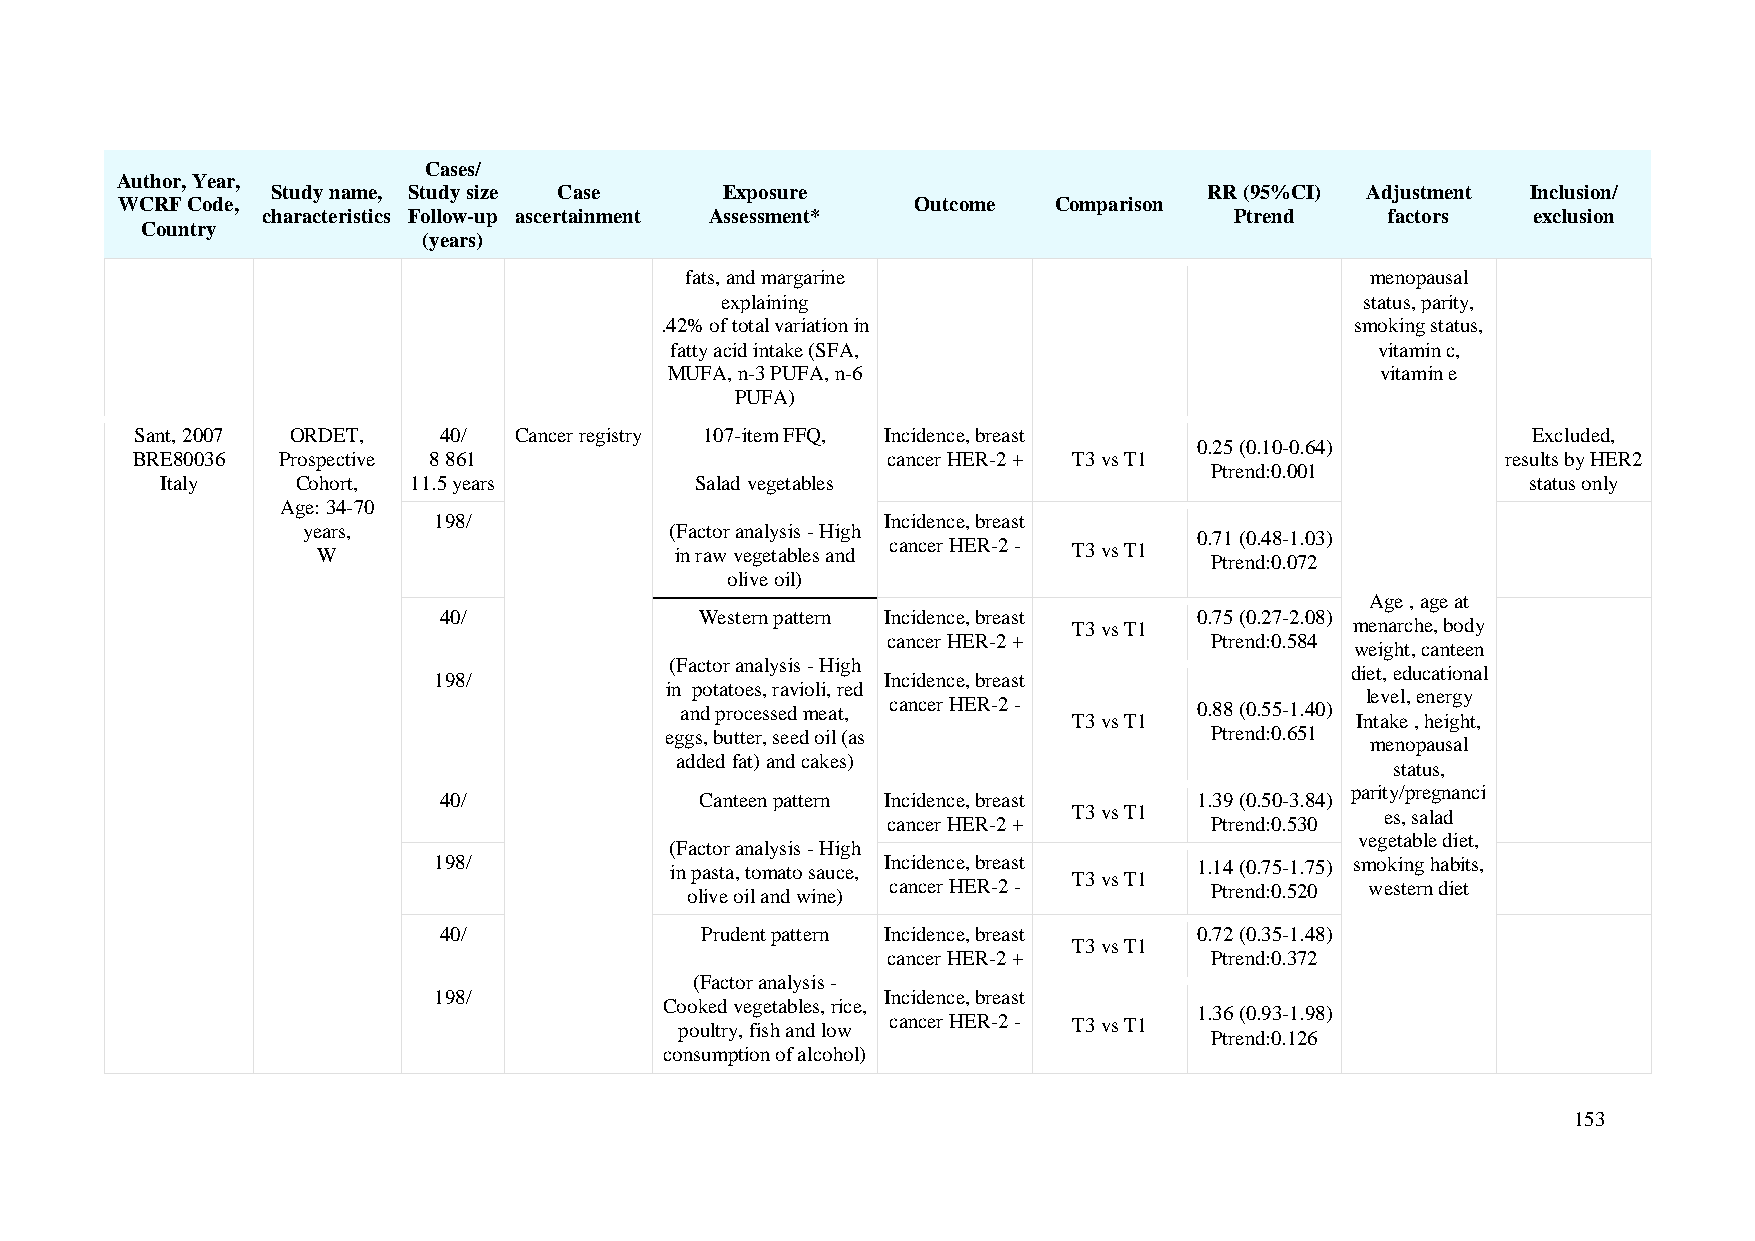
Cases/
 Author, Year,
 Study name, Study size Case   Exposure                        RR (95%CI) Adjustment Inclusion/
 WCRF Code,                                           Outcome  Comparison
 characteristics Follow-up ascertainment Assessment*              Ptrend    factors  exclusion
 Country
 (years)
 fats, and margarine                           menopausal
 explaining                                status, parity,
 .42% of total variation in                    smoking status,
 fatty acid intake (SFA,                        vitamin c,
 MUFA, n-3 PUFA, n-6                            vitamin e
 PUFA)
 Sant, 2007 ORDET,   40/  Cancer registry 107-item FFQ, Incidence, breast                    Excluded,
 0.25 (0.10-0.64)
 BRE80036 Prospective 8 861                        cancer HER-2 + T3 vs T1                  results by HER2
 Ptrend:0.001
 Italy    Cohort, 11.5 years        Salad vegetables                                       status only
 Age: 34-70
 198/                          Incidence, breast
 years,                  (Factor analysis - High
 0.71 (0.48-1.03)
 W                       in raw vegetables and cancer HER-2 - T3 vs T1
 Ptrend:0.072
 olive oil)
 Age , age at
 40/              Western pattern Incidence, breast 0.75 (0.27-2.08)
 T3 vs T1           menarche, body
 cancer HER-2 +       Ptrend:0.584
 weight, canteen
 (Factor analysis - High
 diet, educational
 198/                          Incidence, breast
 in potatoes, ravioli, red
 level, energy
 and processed meat, cancer HER-2 - 0.88 (0.55-1.40)
 T3 vs T1           Intake , height,
 eggs, butter, seed oil (as          Ptrend:0.651
 menopausal
 added fat) and cakes)
 status,
 parity/pregnanci
 40/              Canteen pattern Incidence, breast 1.39 (0.50-3.84)
 T3 vs T1             es, salad
 cancer HER-2 +       Ptrend:0.530
 vegetable diet,
 (Factor analysis - High
 198/           in pasta, tomato sauce, Incidence, breast 1.14 (0.75-1.75) smoking habits,
 T3 vs T1
 olive oil and wine) cancer HER-2 - Ptrend:0.520 western diet
 40/              Prudent pattern Incidence, breast 0.72 (0.35-1.48)
 T3 vs T1
 cancer HER-2 +       Ptrend:0.372
 (Factor analysis -
 198/                          Incidence, breast
 Cooked vegetables, rice,
 1.36 (0.93-1.98)
 poultry, fish and low cancer HER-2 - T3 vs T1
 Ptrend:0.126
 consumption of alcohol)
 153